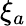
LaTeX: \xi_{a}